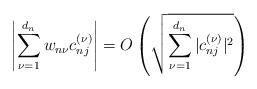
LaTeX: \begin{align*} \left| \sum_{\nu=1}^{d_n} w_{n\nu} c_{nj}^{(\nu)} \right| = O \left( \sqrt{ \sum_{\nu=1}^{d_n} | c_{nj}^{(\nu)} |^2 } \right)\end{align*}